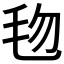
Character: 𬆿